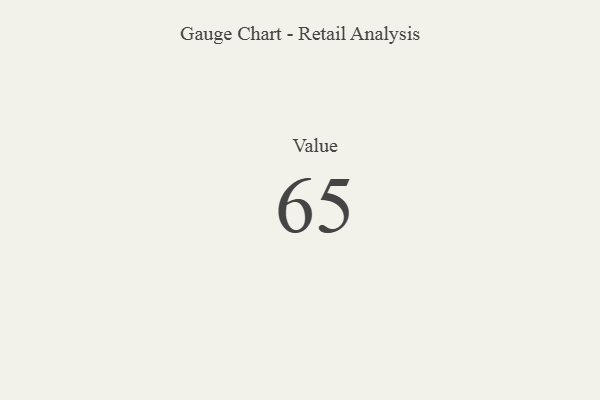
{"axis": {"x": "Metric", "y": "Value"}, "legend": [""], "data": [{"x": "Value", "y": 65, "type": ""}]}